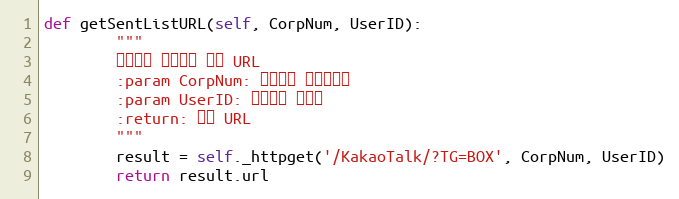
Language: Python
def getSentListURL(self, CorpNum, UserID):
        """
        카카오톡 전송내역 팝업 URL
        :param CorpNum: 팝빌회원 사업자번호
        :param UserID: 팝빌회원 아이디
        :return: 팝빌 URL
        """
        result = self._httpget('/KakaoTalk/?TG=BOX', CorpNum, UserID)
        return result.url